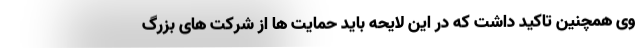
وی همچنین تاکید داشت که در این لایحه باید حمایت ها از شرکت های بزرگ